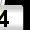
Digit: 3